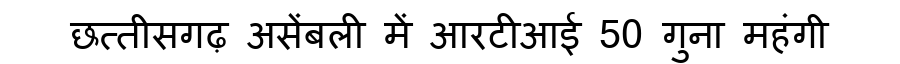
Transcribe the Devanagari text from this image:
छत्तीसगढ़ असेंबली में आरटीआई 50 गुना महंगी